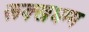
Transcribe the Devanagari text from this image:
रूक्खधम्म